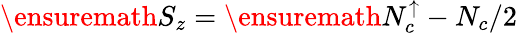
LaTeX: \ensuremath{S_{z}}=\ensuremath{N_{c}^{\uparrow}}-N_{c}/2